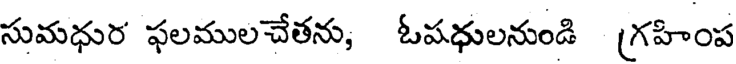
సుమధుర ఫలములచేతను, ఓపధులనుండి (గహింప